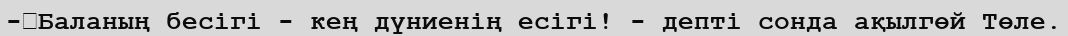
-	Баланың бесігі - кең дүниенің есігі! - депті сонда ақылгөй Төле.